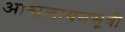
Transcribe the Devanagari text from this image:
आश्वलायनसूत्री